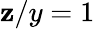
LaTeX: \mathbf{z}/y=1